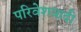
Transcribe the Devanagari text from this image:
परिवेशवादी